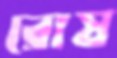
রোষ